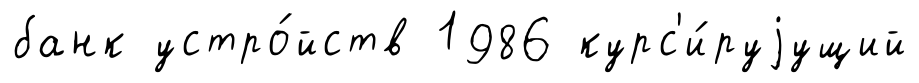
банк устро́йств 1986 курс'и́руjущий